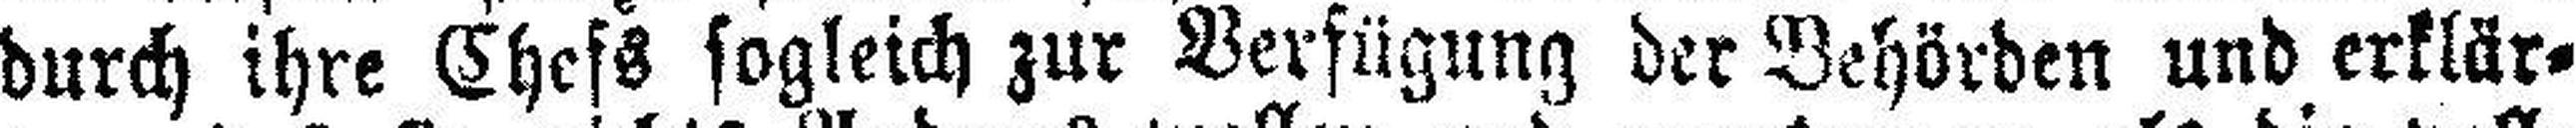
durch ihre Chefs sogleich zur Verfügung der Behörden und erklär¬